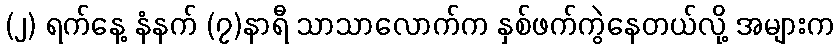
(၂) ရက်နေ့ နံနက် (၇)နာရီ သာသာလောက်က နှစ်ဖက်ကွဲနေတယ်လို့ အများက